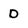
Character: d